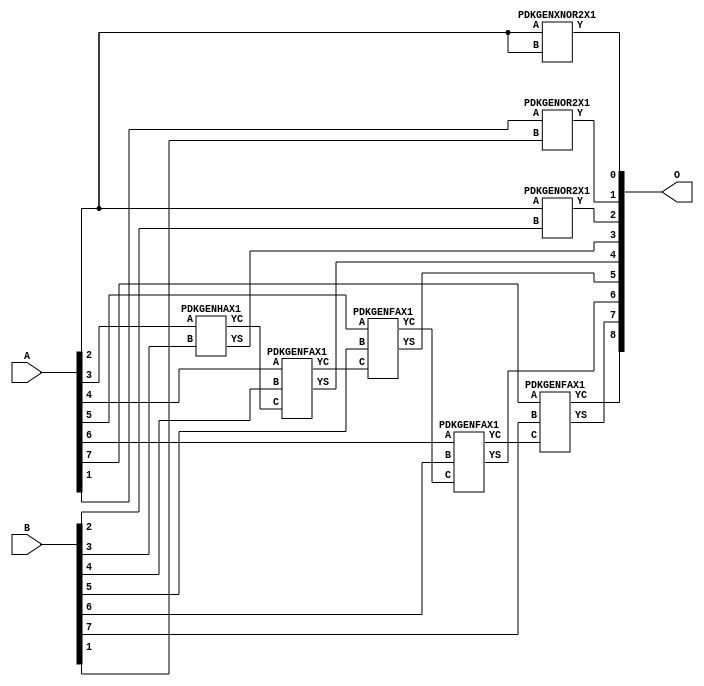
/***
* This code is a part of EvoApproxLib library (ehw.fit.vutbr.cz/approxlib) distributed under The MIT License.
* When used, please cite the following article(s): V. Mrazek, R. Hrbacek, Z. Vasicek and L. Sekanina, "EvoApprox8b: Library of approximate adders and multipliers for circuit design and benchmarking of approximation methods". Design, Automation & Test in Europe Conference & Exhibition (DATE), 2017, Lausanne, 2017, pp. 258-261. doi: 10.23919/DATE.2017.7926993 
* This file contains a circuit from a sub-set of pareto optimal circuits with respect to the pwr and mre parameters
***/
// MAE% = 0.35 %
// MAE = 1.8 
// WCE% = 1.37 %
// WCE = 7.0 
// WCRE% = 50.00 %
// EP% = 71.88 %
// MRE% = 0.94 %
// MSE = 6.5 
// PDK45_PWR = 0.019 mW
// PDK45_AREA = 48.3 um2
// PDK45_DELAY = 0.39 ns


module add8u_5ME(A, B, O);
  input [7:0] A;
  input [7:0] B;
  output [8:0] O;
  wire [2031:0] N;
  assign N[0] = A[0];
  assign N[1] = A[0];
  assign N[2] = A[1];
  assign N[3] = A[1];
  assign N[4] = A[2];
  assign N[5] = A[2];
  assign N[6] = A[3];
  assign N[7] = A[3];
  assign N[8] = A[4];
  assign N[9] = A[4];
  assign N[10] = A[5];
  assign N[11] = A[5];
  assign N[12] = A[6];
  assign N[13] = A[6];
  assign N[14] = A[7];
  assign N[15] = A[7];
  assign N[16] = B[0];
  assign N[17] = B[0];
  assign N[18] = B[1];
  assign N[19] = B[1];
  assign N[20] = B[2];
  assign N[21] = B[2];
  assign N[22] = B[3];
  assign N[23] = B[3];
  assign N[24] = B[4];
  assign N[25] = B[4];
  assign N[26] = B[5];
  assign N[27] = B[5];
  assign N[28] = B[6];
  assign N[29] = B[6];
  assign N[30] = B[7];
  assign N[31] = B[7];
  PDKGENXNOR2X1 n48(.A(N[4]), .B(N[4]), .Y(N[48]));
  PDKGENOR2X1 n82(.A(N[2]), .B(N[18]), .Y(N[82]));
  PDKGENOR2X1 n132(.A(N[4]), .B(N[20]), .Y(N[132]));
  PDKGENHAX1 n182(.A(N[6]), .B(N[22]), .YS(N[182]), .YC(N[183]));
  PDKGENFAX1 n232(.A(N[8]), .B(N[24]), .C(N[183]), .YS(N[232]), .YC(N[233]));
  PDKGENFAX1 n282(.A(N[10]), .B(N[26]), .C(N[233]), .YS(N[282]), .YC(N[283]));
  PDKGENFAX1 n332(.A(N[12]), .B(N[28]), .C(N[283]), .YS(N[332]), .YC(N[333]));
  PDKGENFAX1 n382(.A(N[14]), .B(N[30]), .C(N[333]), .YS(N[382]), .YC(N[383]));
  assign O[0] = N[48];
  assign O[1] = N[82];
  assign O[2] = N[132];
  assign O[3] = N[182];
  assign O[4] = N[232];
  assign O[5] = N[282];
  assign O[6] = N[332];
  assign O[7] = N[382];
  assign O[8] = N[383];
endmodule


/* mod */
module PDKGENOR2X1(input A, input B, output Y );
     assign Y = A | B;
endmodule
/* mod */
module PDKGENHAX1( input A, input B, output YS, output YC );
    assign YS = A ^ B;
    assign YC = A & B;
endmodule
/* mod */
module PDKGENFAX1( input A, input B, input C, output YS, output YC );
    assign YS = (A ^ B) ^ C;
    assign YC = (A & B) | (B & C) | (A & C);
endmodule
/* mod */
module PDKGENXNOR2X1(input A, input B, output Y );
     assign Y = ~(A ^ B);
endmodule